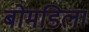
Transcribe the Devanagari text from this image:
बोमडिला